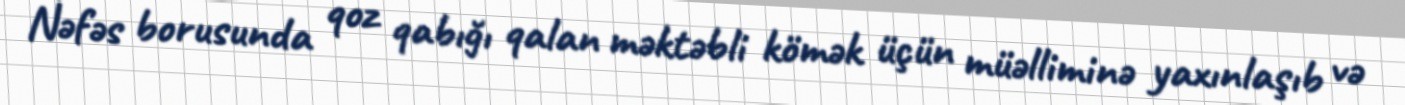
Nəfəs borusunda qoz qabığı qalan məktəbli kömək üçün müəlliminə yaxınlaşıb və